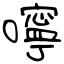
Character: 嚀